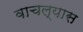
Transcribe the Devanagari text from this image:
वाचल्यास